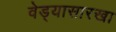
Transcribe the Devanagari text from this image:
वेड्यासारखा